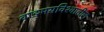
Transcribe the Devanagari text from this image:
वाङ्‌मयविश्‍वातील